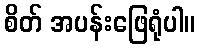
စိတ် အပန်းဖြေရုံပါ။